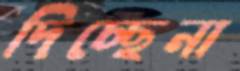
দিচ্ছেনা